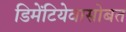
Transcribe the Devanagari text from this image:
डिमेंटियेवासोबत